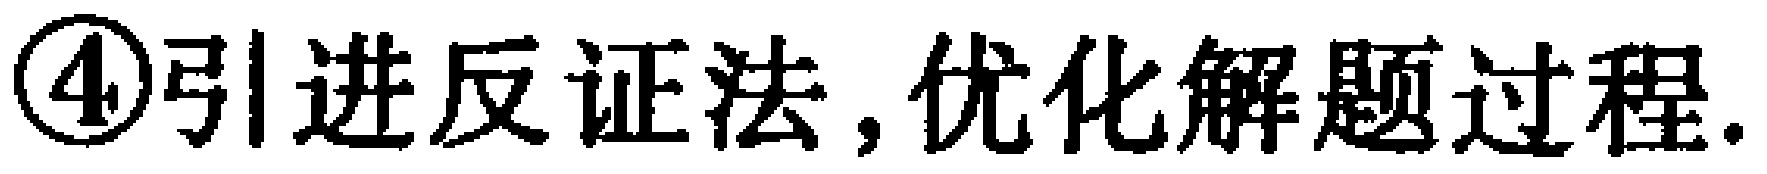
\textcircled{4}引进反证法,优化解题过程.